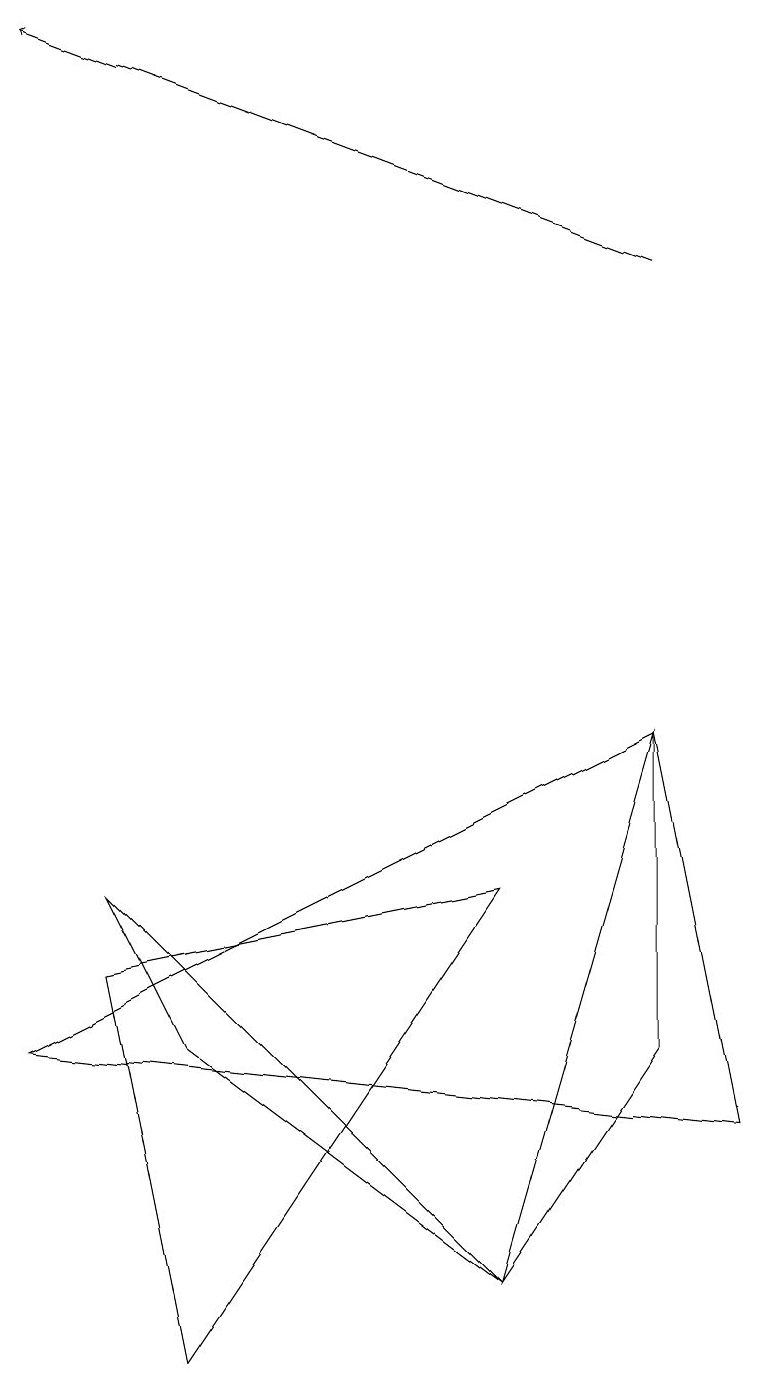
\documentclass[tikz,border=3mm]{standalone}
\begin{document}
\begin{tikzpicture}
\draw (8,8) -- (6,1) -- (8,4) -- cycle;
\draw (1,6) -- (6,1) -- (2,4) -- cycle;
\draw (8,8) -- (9,3) -- (0,4) -- cycle;
\draw (1,5) -- (2,0) -- (6,6) -- cycle;
\draw[->] (8,14) -- (0,17);
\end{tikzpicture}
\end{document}